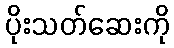
ပိုးသတ်ဆေးကို